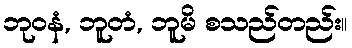
ဘုဝနံ, ဘူတံ, ဘူမိ စသည်တည်း။